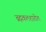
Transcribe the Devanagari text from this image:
ब्रह्मकलशातील